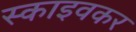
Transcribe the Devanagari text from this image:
स्काइवकर